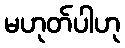
မဟုတ်ပါဟု